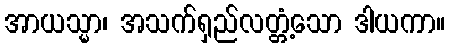
အာယသ္မာ၊ အသက်ရှည်လတ္တံ့သော ဒါယကာ။